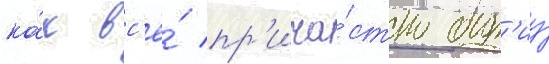
ка́к вс'ё́ пр'ича́стно быт'иу́